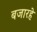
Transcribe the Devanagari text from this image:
बजारहे